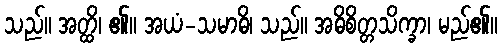
သည်။ အတ္ထိ၊ ၏။ အယံ-သမာဓိ၊ သည်။ အဓိစိတ္တသိက္ခာ၊ မည်၏။